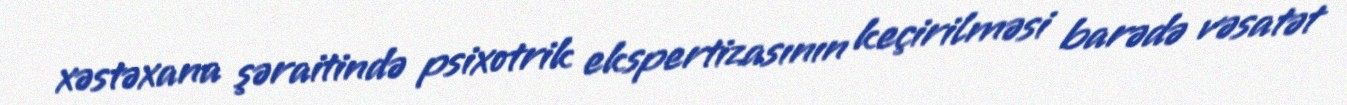
xəstəxana şəraitində psixotrik ekspertizasının keçirilməsi barədə vəsatət